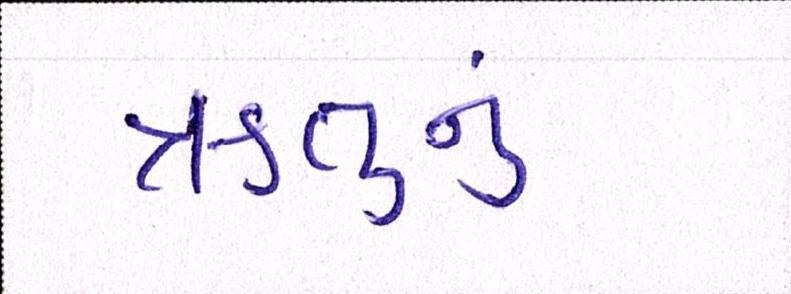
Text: ઋતુનું